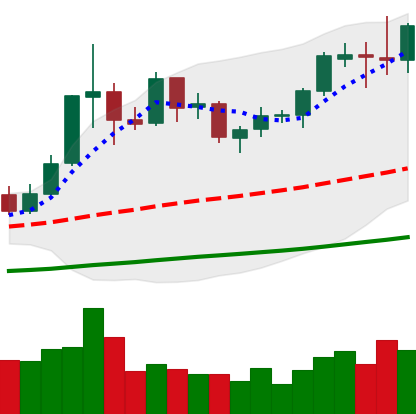
Ticker: ETC-USD
Chart end date: 2019-05-31
Forward return: -5.687%
Label: down_5_7